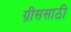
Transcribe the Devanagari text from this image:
ग्रीससाठी